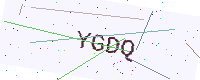
Text: YGDQ